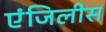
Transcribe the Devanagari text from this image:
एंजिलीस